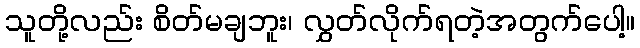
သူတို့လည်း စိတ်မချဘူး၊ လွှတ်လိုက်ရတဲ့အတွက်ပေါ့။